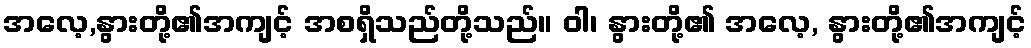
အလေ့,နွားတို့၏အကျင့် အစရှိသည်တို့သည်။ ဝါ၊ နွားတို့၏ အလေ့, နွားတို့၏အကျင့်